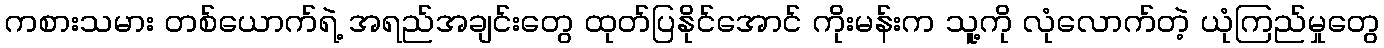
ကစားသမား တစ်ယောက်ရဲ့ အရည်အချင်းတွေ ထုတ်ပြနိုင်အောင် ကိုးမန်းက သူ့ကို လုံလောက်တဲ့ ယုံကြည်မှုတွေ